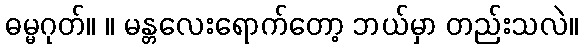
ဓမ္မဂုတ်။ ။ မန္တလေးရောက်တော့ ဘယ်မှာ တည်းသလဲ။